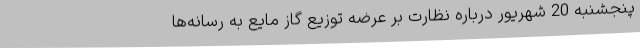
پنجشنبه 20 شهریور درباره نظارت بر عرضه توزیع گاز مایع به رسانه‌ها